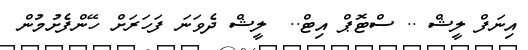
އިނަފް ލީޝް .. ސްޓޮޕް އިޓް..  ލީޝް ދެވަނަ ފަހަރަށް ހޭންފެށުމުން